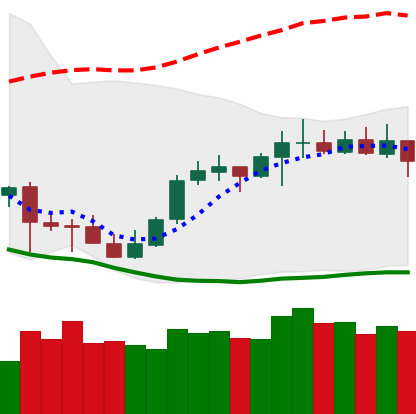
Ticker: LTC-USD
Chart end date: 2021-10-12
Forward return: 6.327%
Label: up_5_7